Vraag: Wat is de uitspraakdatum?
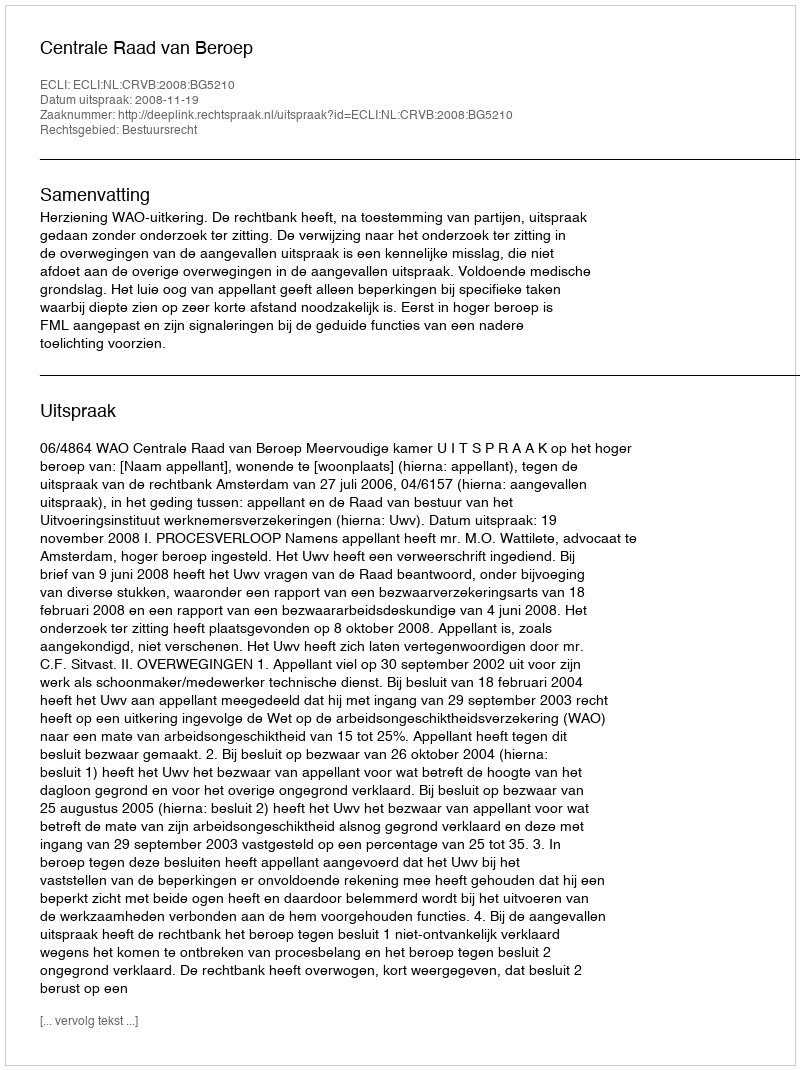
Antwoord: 2008-11-19